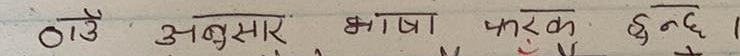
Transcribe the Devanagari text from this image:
ठाउँ अनुसार भाषा फरक हुन्छ।